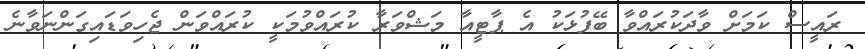
ރައީސް ކަމަށް ވާދަކުރައްވާ ބޭފުޅަކު އެ ޕާޓީއާ މަޝްވަރާ ކުރައްވުމަކީ ކުރައްވަން ޖެހިވަޑައިގަންނަވާނެ